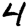
Digit: 4